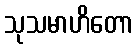
သုသမာဟိတော